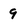
Character: 9